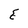
Character: E